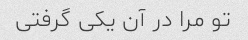
تو مرا در آن یکی گرفتی